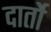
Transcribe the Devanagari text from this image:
दार्तो